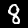
Digit: 8